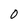
Character: 0